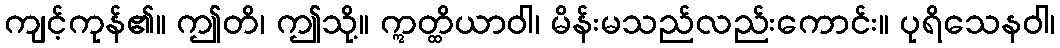
ကျင့်ကုန်၏။ ဤတိ၊ ဤသို့။ ဣတ္ထိယာဝါ၊ မိန်းမသည်လည်းကောင်း။ ပုရိသေနဝါ၊